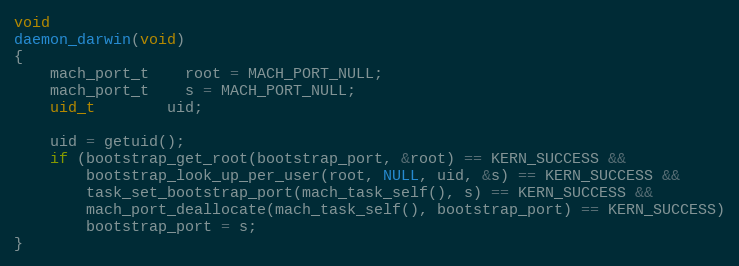
Language: C
void
daemon_darwin(void)
{
	mach_port_t	root = MACH_PORT_NULL;
	mach_port_t	s = MACH_PORT_NULL;
	uid_t		uid;

	uid = getuid();
	if (bootstrap_get_root(bootstrap_port, &root) == KERN_SUCCESS &&
	    bootstrap_look_up_per_user(root, NULL, uid, &s) == KERN_SUCCESS &&
	    task_set_bootstrap_port(mach_task_self(), s) == KERN_SUCCESS &&
	    mach_port_deallocate(mach_task_self(), bootstrap_port) == KERN_SUCCESS)
		bootstrap_port = s;
}